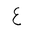
Letter: _ayn